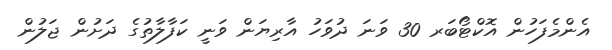
އެންމެފަހުން އޮކްޓޯބަރ 30 ވަނަ ދުވަހު އާރިޔަން ވަނީ ކަފާލާތުގެ ދަށުން ޖަލުން